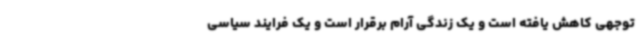
توجهی کاهش یافته است و یک زندگی آرام برقرار است و یک فرایند سیاسی